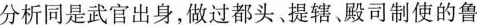
分析同是武官出身，做过都头、提辖、殿司制使的鲁